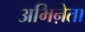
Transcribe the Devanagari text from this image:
अभिऩेता